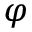
\varphi